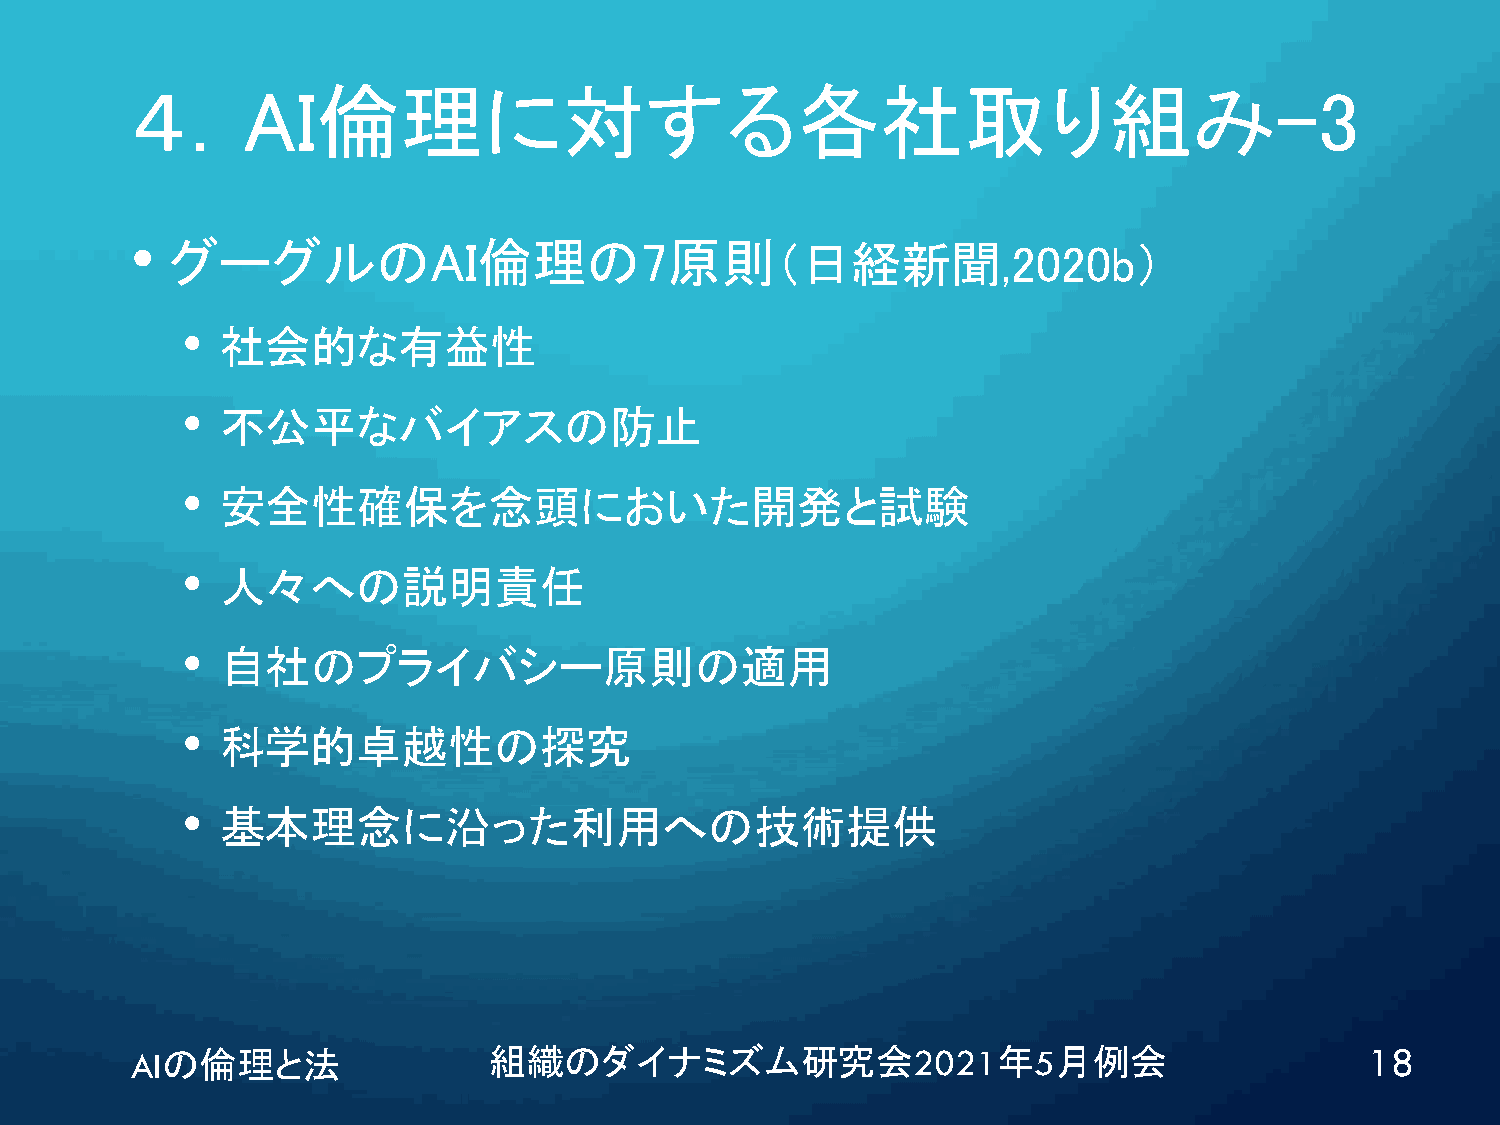
４．AI倫理に対する各社取り組み-3
 •
 グーグルのAI倫理の7原則（日経新聞,2020b）
 •  社会的な有益性
 •  不公平なバイアスの防止
 •  安全性確保を念頭においた開発と試験
 •  人々への説明責任
 •  自社のプライバシー原則の適用
 •  科学的卓越性の探究
 •  基本理念に沿った利用への技術提供
 AIの倫理と法                組織のダイナミズム研究会2021年5月例会                                      18